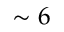
\sim 6